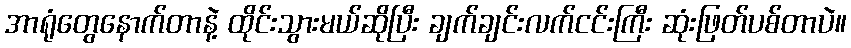
အာရုံတွေနောက်တာနဲ့ ထိုင်းသွားမယ်ဆိုပြီး ချက်ချင်းလက်ငင်းကြီး ဆုံးဖြတ်ပစ်တာပဲ။